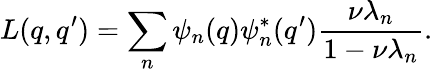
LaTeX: L(q,q^{\prime})=\sum_{n}\psi_{n}(q)\psi_{n}^{*}(q^{\prime})\frac{\nu\lambda_{n}}{1-\nu\lambda_{n}}.